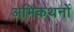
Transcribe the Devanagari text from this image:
अभिकथनों